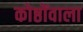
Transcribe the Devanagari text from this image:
कोष्ठोंवाला